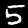
Label: 5